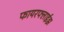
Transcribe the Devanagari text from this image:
फायरफ्लाईझ